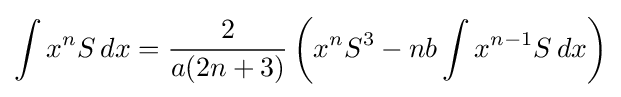
\int x^{n}S\,dx={\frac {2}{a(2n+3)}}\left(x^{n}S^{3}-nb\int x^{n-1}S\,dx\right)